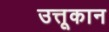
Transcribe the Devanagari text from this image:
उत्तूकान